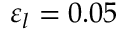
\varepsilon _ { l } = 0 . 0 5